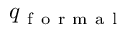
q _ { \mathrm { ~ f ~ o ~ r ~ m ~ a ~ l ~ } }